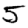
Digit: 5